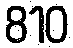
810